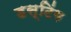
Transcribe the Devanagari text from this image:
डस्टिंग